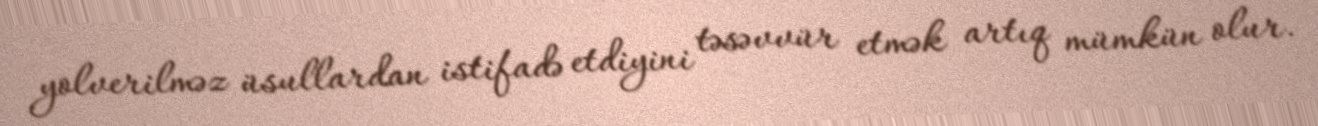
yolverilməz üsullardan istifadə etdiyini təsəvvür etmək artıq mümkün olur.